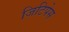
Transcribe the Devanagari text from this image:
जिटिपेस